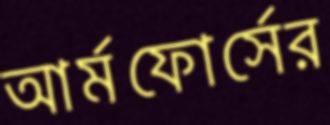
আর্মফোর্সের